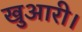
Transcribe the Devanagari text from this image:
खुआरी।